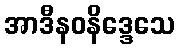
အာဒီနဝနိဒ္ဒေသေ